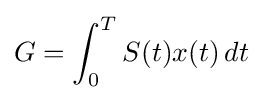
G=\int _{0}^{T}S(t)x(t)\,dt